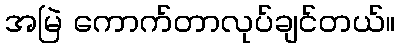
အမြဲ ကောက်တာလုပ်ချင်တယ်။